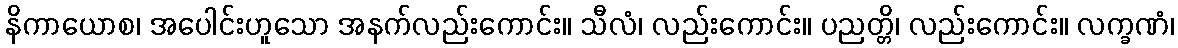
နိကာယောစ၊ အပေါင်းဟူသော အနက်လည်းကောင်း။ သီလံ၊ လည်းကောင်း။ ပညတ္တိ၊ လည်းကောင်း။ လက္ခဏံ၊